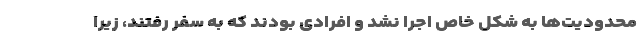
محدودیت‌ها به شکل خاص اجرا نشد و افرادی بودند که به سفر رفتند، زیرا